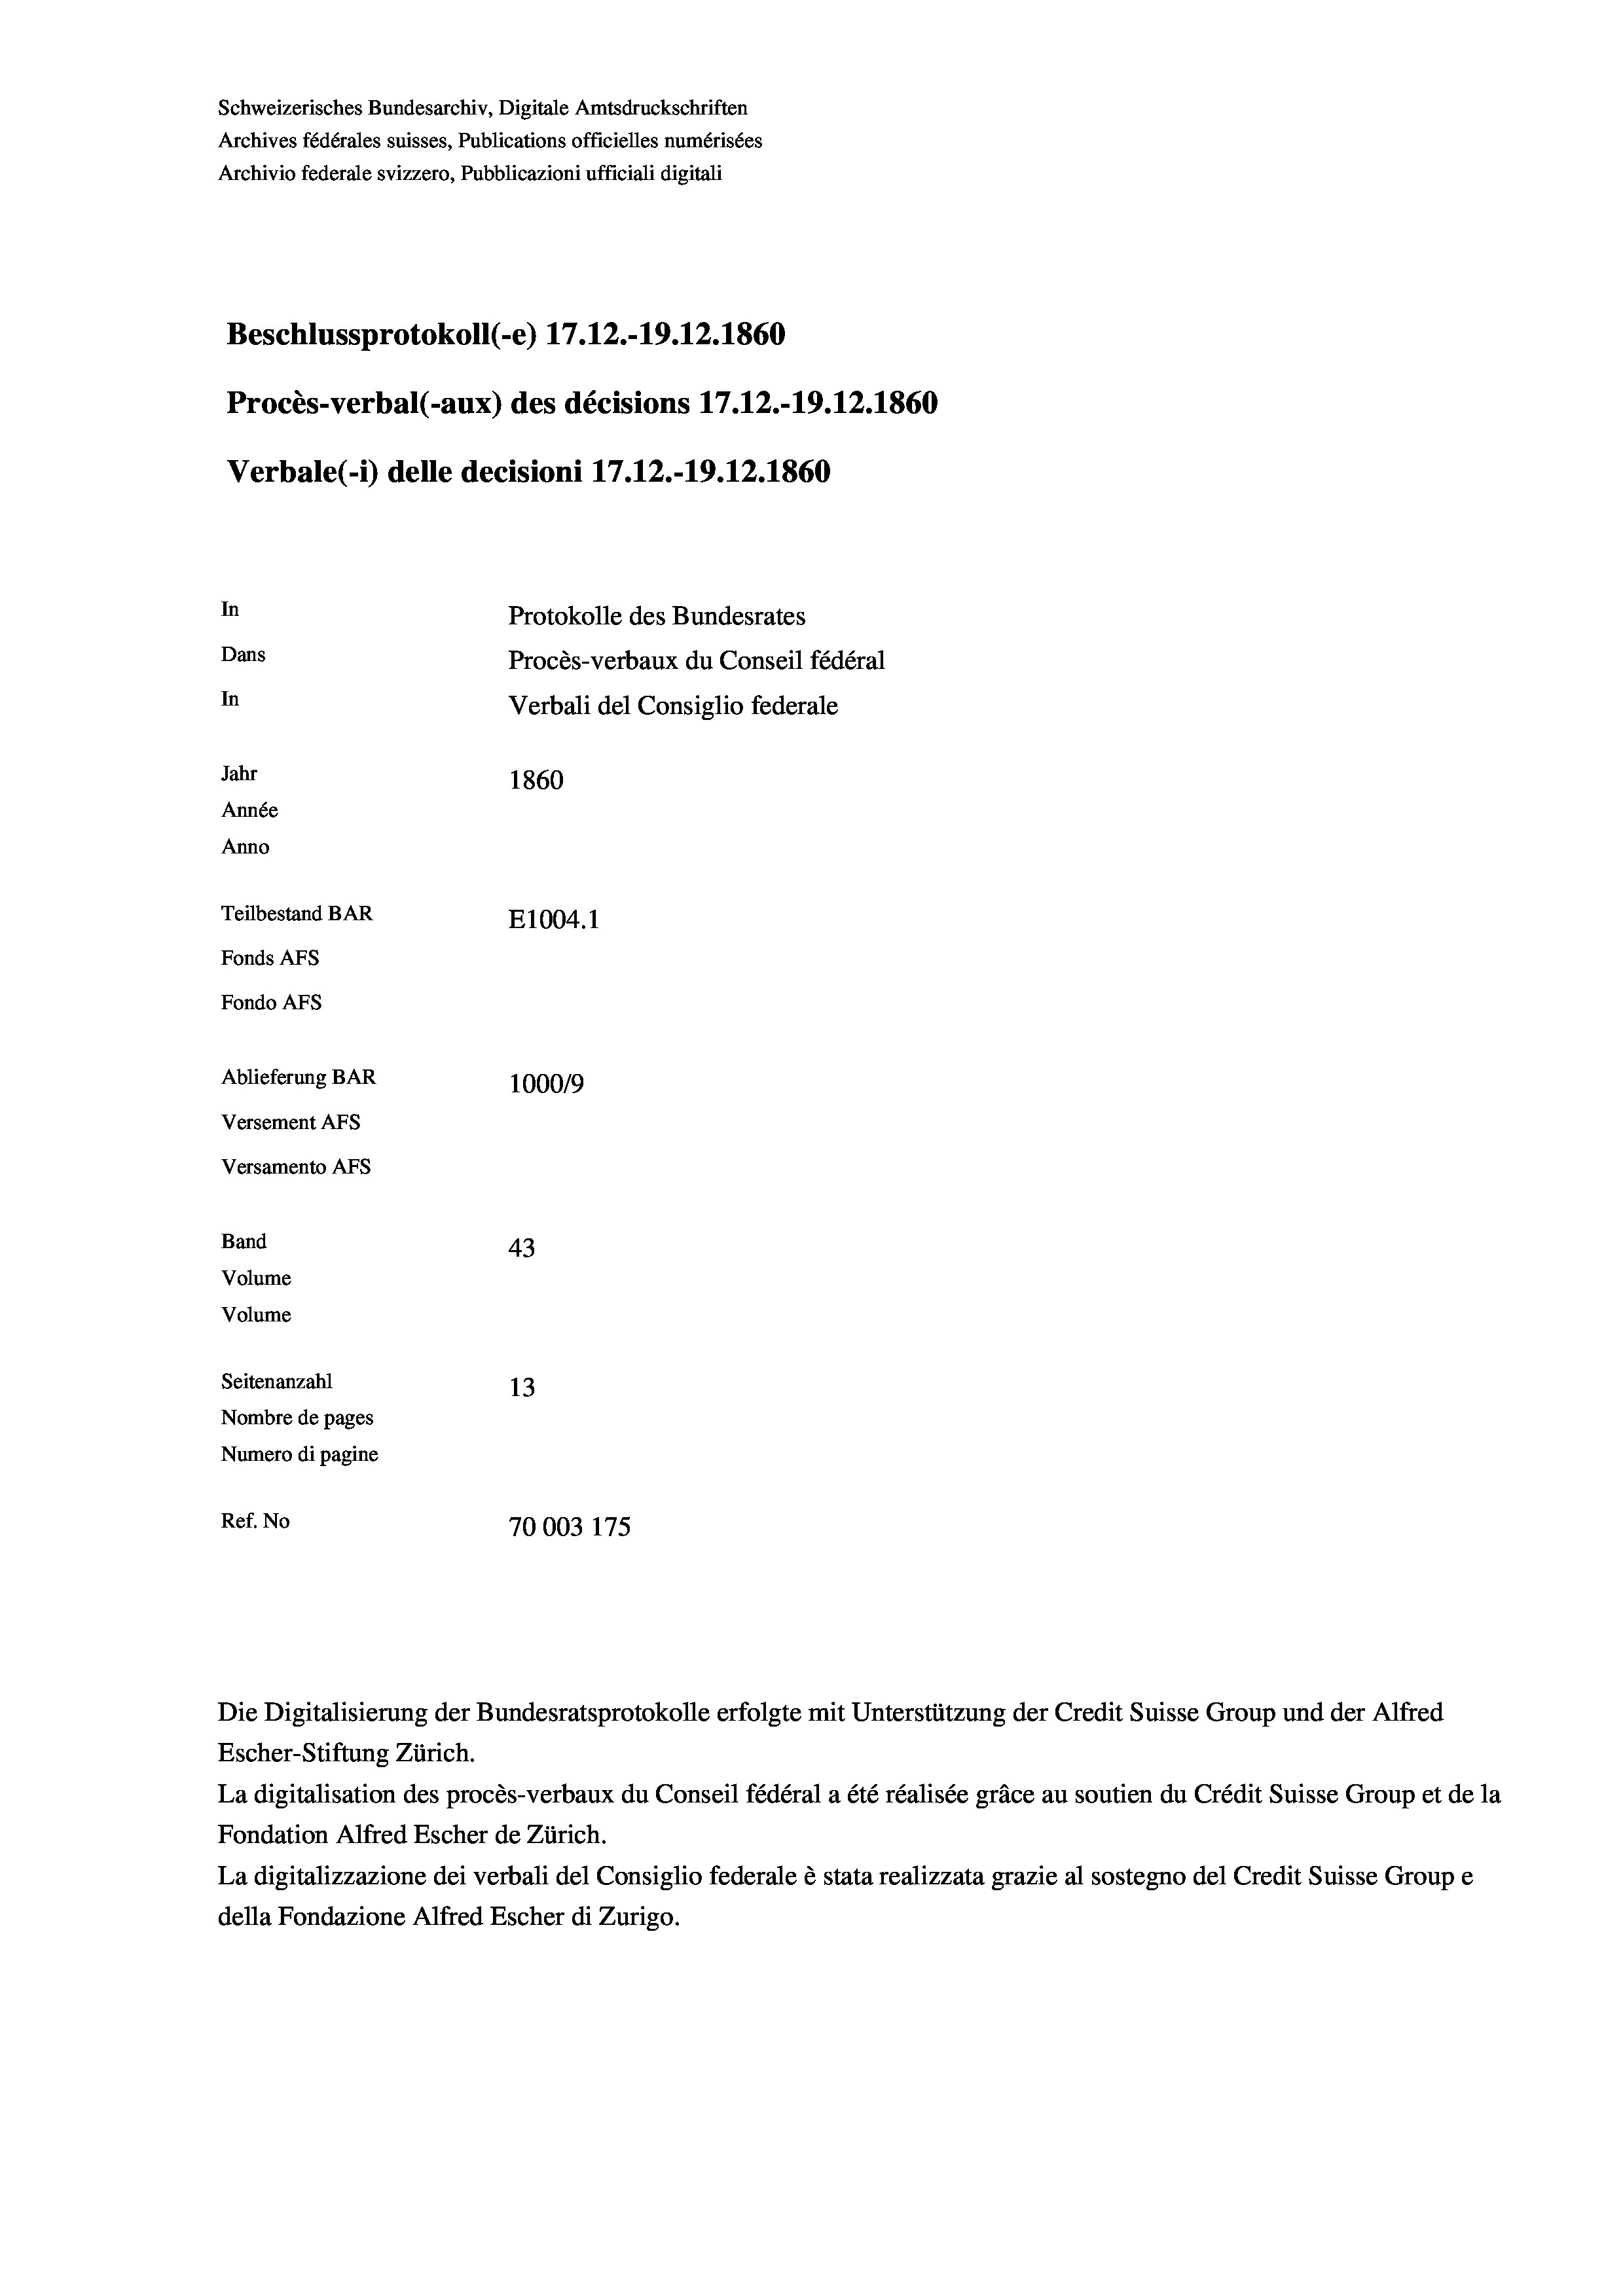
Schweizerisches Bundesarchiv, Digitale Amtsdruckschriften
Archives fédérales suisses, Publications officielles numérisées
Archivio federale svizzero, Pubblicazioni ufficiali digitali
Beschlussprotokoll (-e) 17.12.-19.12.1860
Procès-verbal (-aux) des décisions 17.12.-19.12.1860
Verbale(*) delle decisioni 17.12.-19.12.1860
In
Protokolle des Bundesrates
Dans
Procès-verbaux du Conseil fédéral
In
Verbali del Consiglio federale
Jahr
1860
Année
Anno
Teilbestand BAR
E1004. 1
Fonds AFs
Fondo Afs
Ablieferung BAR
100019
Versement AFs
Versamento Afs

43
Volume
Seitenanzahl
13
Nombre de pages
Numero di pagine
Ref. No
70003 175

Band
Volume

Escher-Stiftung Zürich.
La digitalisation des procès-verbaux du Conseil fédéral a été réalisée gräce au soutien du Crédit Suisse Group et de la
Fondation Alfred Escher de Zürich.
La digitalizzazione dei verbali del Consiglio federale è stata realizzata grazie al sostegno del Credit Suisse Groupe
della Fondazione Alfred Escher di Zurigo.

Die Digitalisierung der Bundesratsprotokolle erfolgte mit Unterstützung der Credit Suisse Group und der Alfred